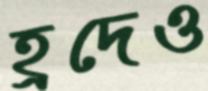
হ্রদেও